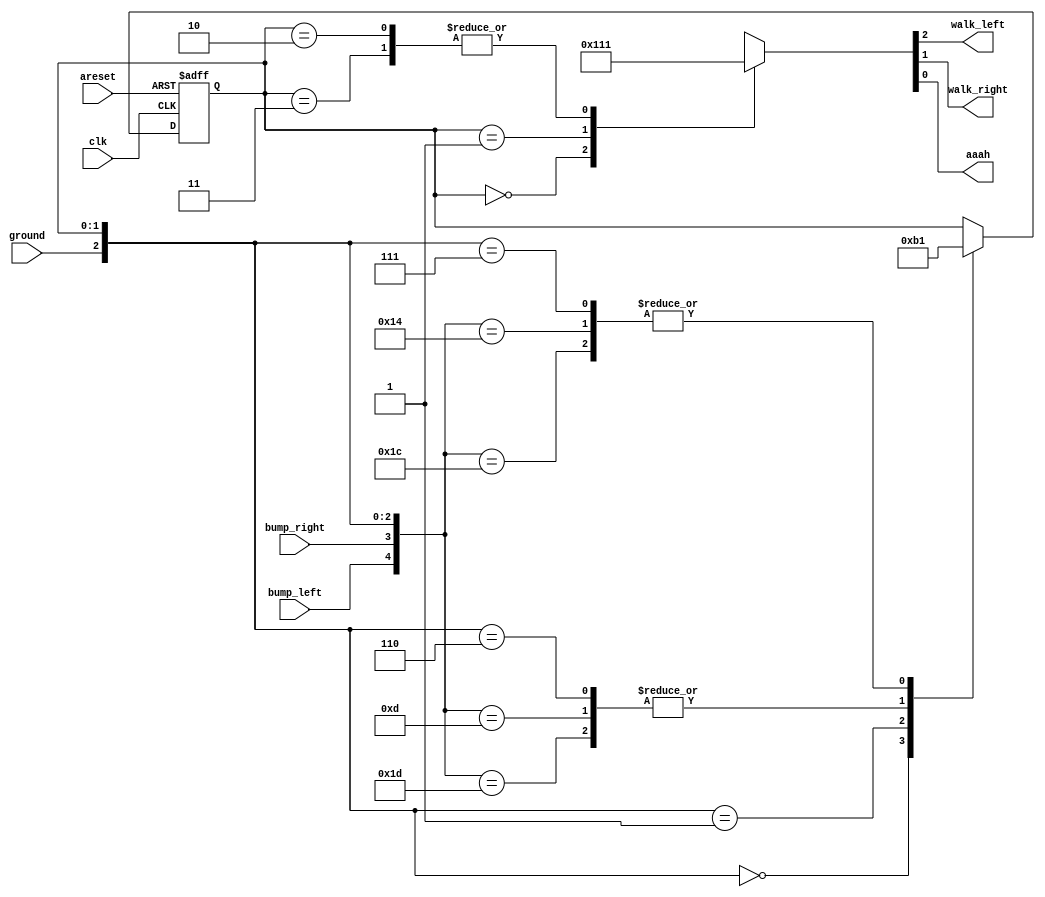
/*

Copyright 2022 Marc Ketel
SPDX-License-Identifier: Apache-2.0

*/

`default_nettype none

module top_module (
    input  wire clk,
    input  wire areset,
    input  wire bump_left,
    input  wire bump_right,
    input  wire ground,
    output reg  walk_left,
    output reg  walk_right,
    output reg  aaah
);

  parameter LEFT = 2'b00, RIGHT = 2'b01, FALL_L = 2'b10, FALL_R = 2'b11;
  reg [1:0] state = LEFT, next_state;

  parameter GROUND_SOLID =1'b1;
  parameter GROUND_ABSENT =1'b0;
  parameter VOICE_AAAAAH =1'b1;
  parameter VOICE_SILENT =1'b0;

  //Determine next state.
  always @(*) begin
    casez ({
      bump_left, bump_right, ground, state
    })
      {2'b11, GROUND_SOLID, LEFT} : next_state = RIGHT;
      {2'b11, GROUND_SOLID, RIGHT} : next_state = LEFT;
      {2'b10, GROUND_SOLID, LEFT} : next_state = RIGHT;
      {2'b01, GROUND_SOLID, RIGHT} : next_state = LEFT;
      {2'bzz, GROUND_ABSENT, LEFT} : next_state = FALL_L;
      {2'bzz, GROUND_ABSENT, RIGHT} : next_state = FALL_R;
      {2'bzz, GROUND_SOLID, FALL_L} : next_state = LEFT;
      {2'bzz, GROUND_SOLID, FALL_R} : next_state = RIGHT;
      default: next_state = state;
    endcase
  end

  //State transition.
  always @(posedge clk, posedge areset) begin
    if (areset) state <= LEFT;
    else if (clk) begin
      state <= next_state;
    end
  end

  //Determine output.
  always @(*) begin
    case (state)
      LEFT: {walk_left, walk_right, aaah} = {2'b10, VOICE_SILENT};
      RIGHT: {walk_left, walk_right, aaah} = {2'b01, VOICE_SILENT};
      FALL_L, FALL_R: {walk_left, walk_right, aaah} = {2'b00, VOICE_AAAAAH};
      default: {walk_left, walk_right, aaah} = {2'b00, VOICE_SILENT};
    endcase
  end
endmodule